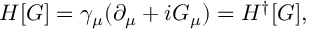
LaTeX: H [ G ] = \gamma _ { \mu } ( \partial _ { \mu } + i G _ { \mu } ) = H ^ { \dagger } [ G ] ,